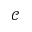
\mathcal { C }